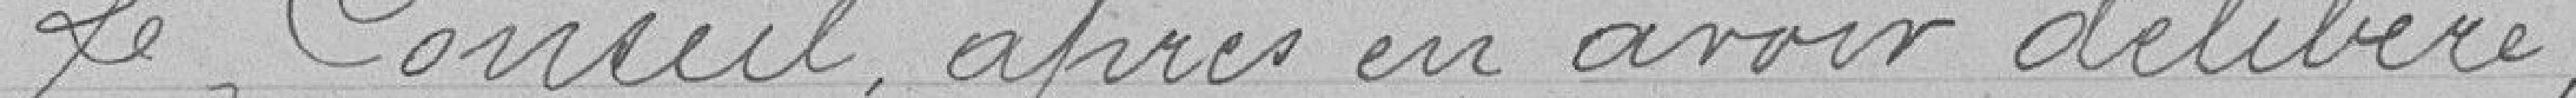
Le Conseil après en avoir délibéré